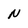
Character: N